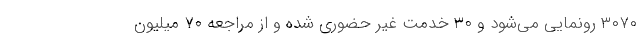
۳۰۷۰ رونمایی می‌شود و ۳۰ خدمت غیر حضوری شده و از مراجعه ۷۰ میلیون